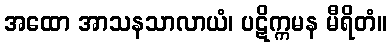
အထော အာသနသာလာယံ၊ ပဋိက္ကမန မီရိတံ။